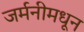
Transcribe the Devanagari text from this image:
जर्मनीमधून